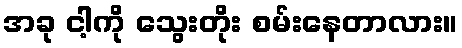
အခု ငါ့ကို သွေးတိုး စမ်းနေတာလား။